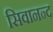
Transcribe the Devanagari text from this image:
सिवानन्द